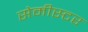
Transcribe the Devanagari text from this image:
सेमीस्टर